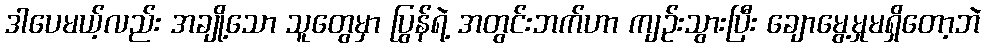
ဒါပေမယ့်လည်း အချို့သော သူတွေမှာ ပြွန်ရဲ့ အတွင်းဘက်ဟာ ကျဉ်းသွားပြီး ချောမွေ့မှုမရှိတော့ဘဲ